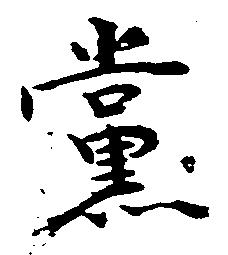
党